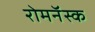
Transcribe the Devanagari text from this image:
रोमनॅस्क